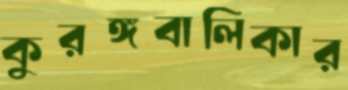
কুরঙ্গবালিকার